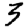
Digit: 3